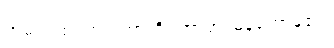
ဣမံ ဂါထံ၊ ဤဂါထာကို။ အာဟ၊ မိန့်တော်မူ၏။